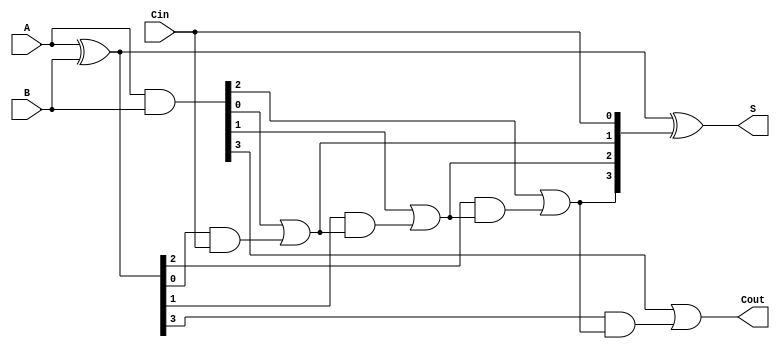
module han_carlson_adder #(parameter n = 4) (
    input  [n-1:0] A,
    input  [n-1:0] B,
    input          Cin,
    output [n-1:0] S,
    output         Cout
);

    wire [n-1:0] G; // Generate signals
    wire [n-1:0] P; // Propagate signals
    wire [n:0] C;   // Carry signals

    // Carry Generation Logic
    // Generate
    assign G = A & B;
    // Propagate
    assign P = A ^ B;

    // Carry signals
    assign C[0] = Cin; // C[0] is Cin
    genvar i;
    generate
        for (i = 1; i < n; i = i + 1) begin : carry_gen
            assign C[i] = G[i-1] | (P[i-1] & C[i-1]);
        end
    endgenerate
    assign C[n] = G[n-1] | (P[n-1] & C[n-1]); // Final Carry-Out

    // Sum Generation Logic
    assign S = P ^ C[n-1:0]; // Sum bits

    // Final Carry-Out
    assign Cout = C[n];

endmodule